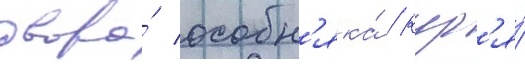
двора́ особн'яка́ / кур'я́